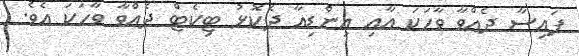
ފައިސާ ދެއްވާ ވާހަކަ އާއި އިންޑިއާ ދެކޮޅު ޓިކެޓް ދެއްވާ ވާހަކަ އެވެ.